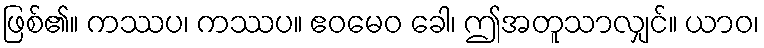
ဖြစ်၏။ ကဿပ၊ ကဿပ။ ဧဝမေဝ ခေါ၊ ဤအတူသာလျှင်။ ယာဝ၊